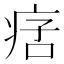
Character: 𤶂